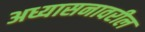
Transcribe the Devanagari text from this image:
अध्यासनावरील